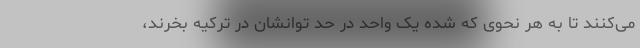
می‌کنند تا به هر نحوی که شده یک واحد در حد توانشان در ترکیه بخرند،